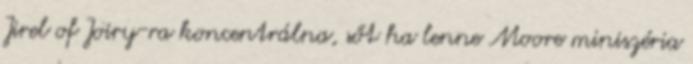
Jirel of Joiry-ra koncentrálna, sőt ha lenne Moore miniszéria